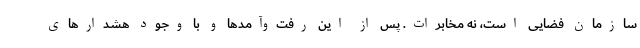
سازمان فضایی است،‌ نه مخابرات. پس از این رفت‌وآمدها و با وجود هشدارهای